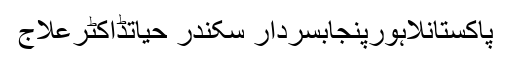
پاکستانلاہورپنجابسردار سکندر حیاتڈاکٹرعلاج